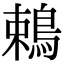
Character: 鵣